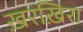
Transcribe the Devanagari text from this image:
ख़रख़िरा